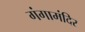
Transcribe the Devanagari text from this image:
गंगामंदिर